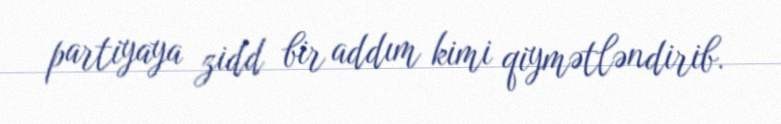
partiyaya zidd bir addım kimi qiymətləndirib.